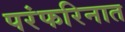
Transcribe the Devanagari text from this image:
परंफरिनात